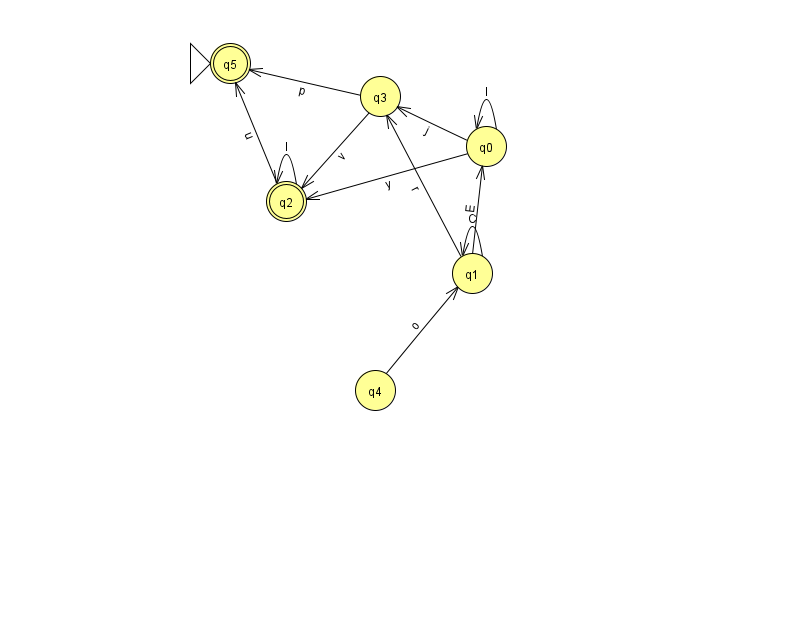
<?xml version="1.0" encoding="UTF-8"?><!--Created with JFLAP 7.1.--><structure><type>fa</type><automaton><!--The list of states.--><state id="0" name="q0"><x>486.0</x><y>133.0</y></state><state id="1" name="q1"><x>472.0</x><y>260.0</y></state><state id="2" name="q2"><x>286.0</x><y>188.0</y><final/></state><state id="3" name="q3"><x>380.0</x><y>83.0</y></state><state id="4" name="q4"><x>375.0</x><y>377.0</y></state><state id="5" name="q5"><x>230.0</x><y>50.0</y><initial/><final/></state><!--The list of transitions.--><transition><from>1</from><to>1</to><read>C</read></transition><transition><from>0</from><to>3</to><read>j</read></transition><transition><from>1</from><to>3</to><read>r</read></transition><transition><from>3</from><to>5</to><read>p</read></transition><transition><from>2</from><to>2</to><read>I</read></transition><transition><from>2</from><to>5</to><read>u</read></transition><transition><from>0</from><to>0</to><read>l</read></transition><transition><from>4</from><to>1</to><read>o</read></transition><transition><from>3</from><to>2</to><read>v</read></transition><transition><from>0</from><to>2</to><read>y</read></transition><transition><from>1</from><to>0</to><read>E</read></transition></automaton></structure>